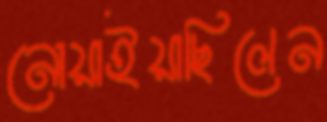
নোয়াইয়াছিলেন